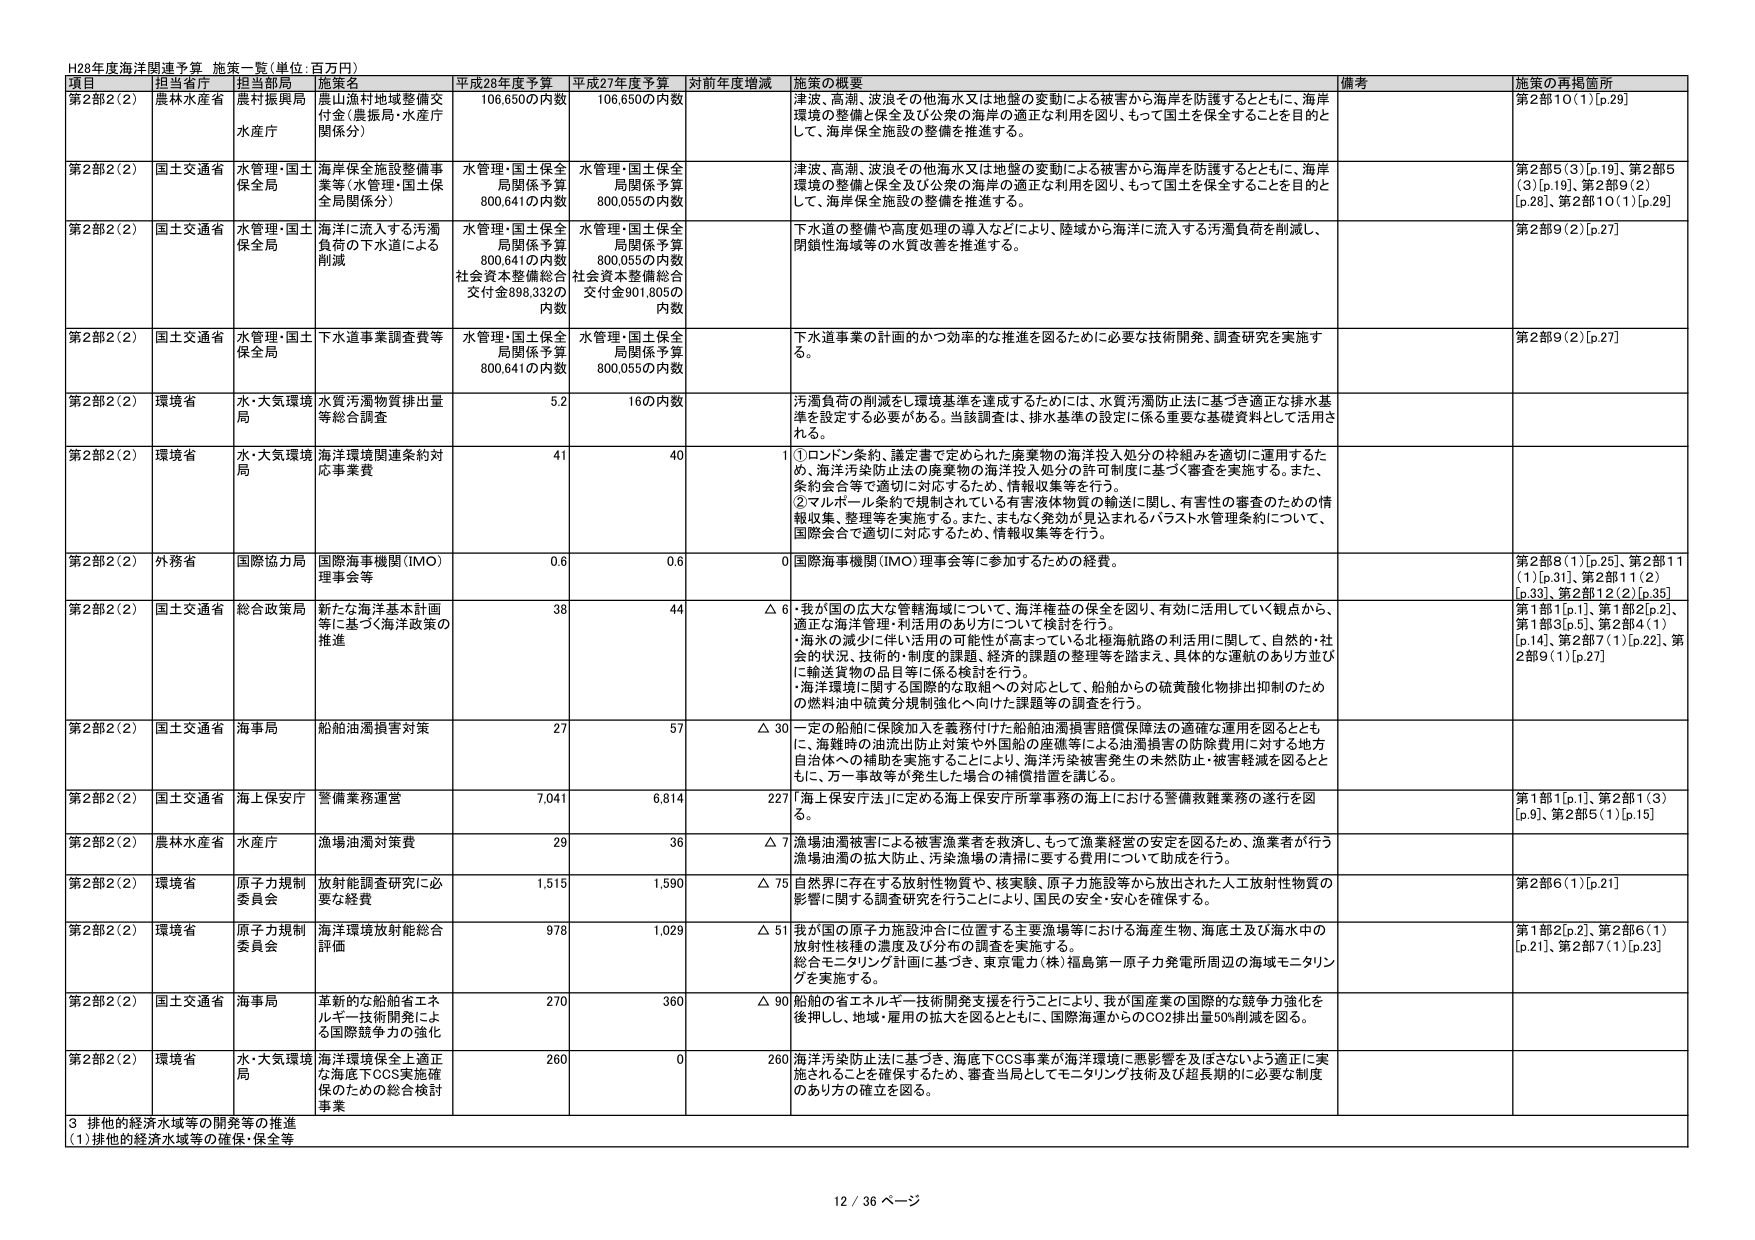
H28年度海洋関連予算 施策一覧（単位：百万円）

項目 担当省庁 担当局 施策名 平成28年度予算 平成27年度予算 対前年度増減 施策の概要 備考 施策の再掲箇所

第2部2（2） 農林水産省 農村振興局 水産庁 震山漁村地域整備交付金（農振局・水産庁関係分） 106,650の内数 106,650の内数 津波、高潮、波浪その他海水又は地盤の変動による被害から海岸を防護するとともに、海岸環境の整備と保全及び公衆の海岸の適正な利用を図り、もって国土を保全することを目的として、海岸保全施設の整備を推進する。 第2部10（1）[p.29]

第2部2（2） 国土交通省 水管理・国土保全局 海岸保全施設整備事業等（水管理・国土保全局関係分） 水管理・国土保全局関係予算800,641の内数 水管理・国土保全局関係予算800,055の内数 津波、高潮、波浪その他海水又は地盤の変動による被害から海岸を防護するとともに、海岸環境の整備と保全及び公衆の海岸の適正な利用を図り、もって国土を保全することを目的として、海岸保全施設の整備を推進する。 第2部5（3）[p.19]、第2部5（3）[p.19]、第2部9（2）[p.28]、第2部10（1）[p.29]

第2部2（2） 国土交通省 水管理・国土保全局 海洋に流入する汚濁負荷の下水道による削減 水管理・国土保全局関係予算800,641の内数社会資本整備総合交付金898,332の内数 水管理・国土保全局関係予算800,055の内数社会資本整備総合交付金901,805の内数 下水道の整備や高度処理の導入などにより、陸域から海洋に流入する汚濁負荷を削減し、閉鎖性海域等の水質改善を推進する。 第2部9（2）[p.27]

第2部2（2） 国土交通省 水管理・国土保全局 下水道事業調査費等 水管理・国土保全局関係予算800,641の内数 水管理・国土保全局関係予算800,055の内数 下水道事業の計画的かつ効率的な推進を図るために必要な技術開発、調査研究を実施する。 第2部9（2）[p.27]

第2部2（2） 環境省 水・大気環境局 水質汚濁物質排出量等総合調査 5.2 16の内数 汚濁負荷の削減を環境基準を達成するためには、水質汚濁防止法に基づき適正な排水基準を設定する必要がある。当該調査は、排水基準の設定に係る重要な基礎資料として活用される。

第2部2（2） 環境省 水・大気環境局 海洋環境関連条約対応事業費 41 40 ①ロンドン条約、議定書で定められた廃棄物の海洋投入処分の枠組みを適切に運用するため、海洋汚染防止法の廃棄物の海洋投入処分の許可制度に基づく審査を実施する。また、条約会合等で適切に対応するため、情報収集等を行う。②マルポール条約で規制されている有害液体物質の輸送に関し、有害性の審査のための情報収集、整理等を実施する。また、まもなく発効が見込まれるバラスト水管理条約について、国際会合で適切に対応するため、情報収集等を行う。

第2部2（2） 外務省 国際協力局 国際海事機関（IMO）理事会等 0.6 0.6 0 国際海事機関（IMO）理事会等に参加するための経費。 第2部8（1）[p.25]、第2部11（1）[p.31]、第2部11（2）[p.33]、第2部12（2）[p.35]

第2部2（2） 国土交通省 総合政策局 新たな海洋基本計画等に基づく海洋政策の推進 38 44 △6・我が国の広大な管轄海域について、海洋権益の保全を図り、有効に活用していく観点から、適正な海洋管理・利活用のあり方について検討を行う。・海水の減少に伴い活用の可能性が高まっている北極海航路の利活用に関して、自然的・社会的状況、技術的・制度的課題、経済的課題の整理等を踏まえ、具体的な運航のあり方並びに輸送貨物の品目等に係る検討を行う。・海洋環境に関する国際的な取組への対応として、船舶からの硫黄酸化物排出抑制のための燃料油中硫黄分規制強化へ向けた課題等の調査を行う。 第1部1[p.1]、第1部2[p.2]、第1部3[p.5]、第2部4（1）[p.14]、第2部7（1）[p.22]、第2部9（1）[p.27]

第2部2（2） 国土交通省 海事局 船舶油濁損害対策 27 57 △30 一定の船舶に保険加入を義務付けた船舶油濁損害賠償保障法の適確な運用を図るとともに、海難時の油流出防止対策や外国船の座礁等による油濁損害の防除費用に対する地方自治体への補助を実施することにより、海洋汚染被害発生の未然防止・被害軽減を図るとともに、万一事故等が発生した場合の補償措置を講じる。

第2部2（2） 国土交通省 海上保安庁 警備業務運営 7,041 6,814 227 「海上保安庁法」に定める海上保安庁所掌事務の海上における警備救難業務の遂行を図る。 第1部1[p.1]、第2部1（3）[p.9]、第2部5（1）[p.15]

第2部2（2） 農林水産省 水産庁 漁場油濁対策費 29 36 △7 漁場油濁被害による被害漁業者を救済し、もって漁業経営の安定を図るため、漁業者が行う漁場油濁の拡大防止、汚染漁場の清掃に要する費用について助成を行う。

第2部2（2） 環境省 原子力規制委員会 放射能調査研究に必要な経費 1,515 1,590 △75 自然界に存在する放射性物質や、核実験、原子力施設等から放出された人工放射性物質の影響に関する調査研究を行うことにより、国民の安全・安心を確保する。 第2部6（1）[p.21]

第2部2（2） 環境省 原子力規制委員会 海洋環境放射能総合評価 978 1,029 △51 我が国の原子力施設沖合に位置する主要漁場等における海産生物、海底土及び海水中の放射性核種の濃度及び分布の調査を実施する。総合モニタリング計画に基づき、東京電力（株）福島第一原子力発電所周辺の海域モニタリングを実施する。 第1部2[p.2]、第2部6（1）[p.21]、第2部7（1）[p.23]

第2部2（2） 国土交通省 海事局 革新的な船舶省エネルギー技術開発による国際競争力の強化 270 360 △90 船舶の省エネルギー技術開発支援を行うことにより、我が国産業の国際的な競争力強化を後押しし、地域・雇用の拡大を図るとともに、国際海運からのCO2排出量50%削減を図る。

第2部2（2） 環境省 水・大気環境局 海洋環境保全上適正な海底FCCS実施確保のための総合検討事業 260 0 260 海洋汚染防止法に基づき、海底下CCS事業が海洋環境に悪影響を及ぼさないよう適正に実施されることを確保するため、審査当局としてモニタリング技術及び超長期的に必要な制度のあり方の確立を図る。

3 排他的経済水域等の開発等の推進
（1）排他的経済水域等の確保・保全等

12 / 36 ページ